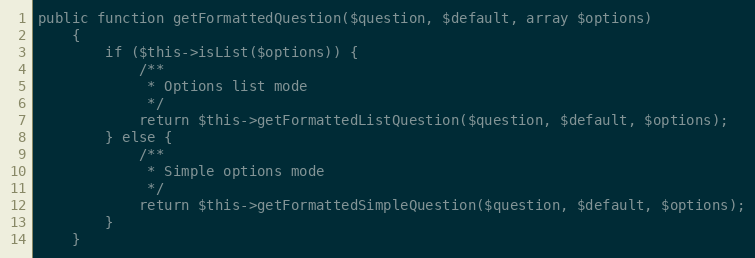
Language: PHP
public function getFormattedQuestion($question, $default, array $options)
    {
        if ($this->isList($options)) {
            /**
             * Options list mode
             */
            return $this->getFormattedListQuestion($question, $default, $options);
        } else {
            /**
             * Simple options mode
             */
            return $this->getFormattedSimpleQuestion($question, $default, $options);
        }
    }